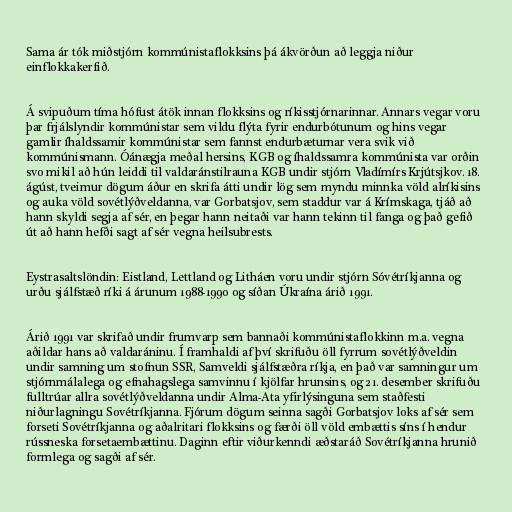
Sama ár tók miðstjórn kommúnistaflokksins þá ákvörðun að leggja niður
einflokkakerfið.

Á svipuðum tíma hófust átök innan flokksins og ríkisstjórnarinnar. Annars vegar voru
þar frjálslyndir kommúnistar sem vildu flýta fyrir endurbótunum og hins vegar
gamlir íhaldssamir kommúnistar sem fannst endurbæturnar vera svik við
kommúnismann. Óánægja meðal hersins, KGB og íhaldssamra kommúnista var orðin
svo mikil að hún leiddi til valdaránstilrauna KGB undir stjórn Vladímírs Krjútsjkov. 18.
ágúst, tveimur dögum áður en skrifa átti undir lög sem myndu minnka völd alríkisins
og auka völd sovétlýðveldanna, var Gorbatsjov, sem staddur var á Krímskaga, tjáð að
hann skyldi segja af sér, en þegar hann neitaði var hann tekinn til fanga og það gefið
út að hann hefði sagt af sér vegna heilsubrests.

Eystrasaltslöndin: Eistland, Lettland og Litháen voru undir stjórn Sóvétríkjanna og
urðu sjálfstæð ríki á árunum 1988-1990 og síðan Úkraína árið 1991.

Árið 1991 var skrifað undir frumvarp sem bannaði kommúnistaflokkinn m.a. vegna
aðildar hans að valdaráninu. Í framhaldi af því skrifuðu öll fyrrum sovétlýðveldin
undir samning um stofnun SSR, Samveldi sjálfstæðra ríkja, en það var samningur um
stjórnmálalega og efnahagslega samvinnu í kjölfar hrunsins, og 21. desember skrifuðu
fulltrúar allra sovétlýðveldanna undir Alma-Ata yfirlýsinguna sem staðfesti
niðurlagningu Sovétríkjanna. Fjórum dögum seinna sagði Gorbatsjov loks af sér sem
forseti Sovétríkjanna og aðalritari flokksins og færði öll völd embættis síns í hendur
rússneska forsetaembættinu. Daginn eftir viðurkenndi æðstaráð Sovétríkjanna hrunið
formlega og sagði af sér.